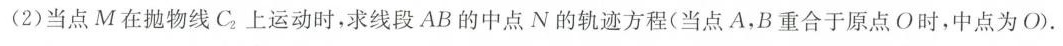
(2)当点M在抛物线C_{2}上运动时，求线段AB的中点N的轨迹方程(当点A，B重合于原点O时，中点为O).